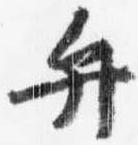
弁